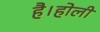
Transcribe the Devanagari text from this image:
है।होली